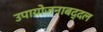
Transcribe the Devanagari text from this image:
उपायोजनाबद्दल